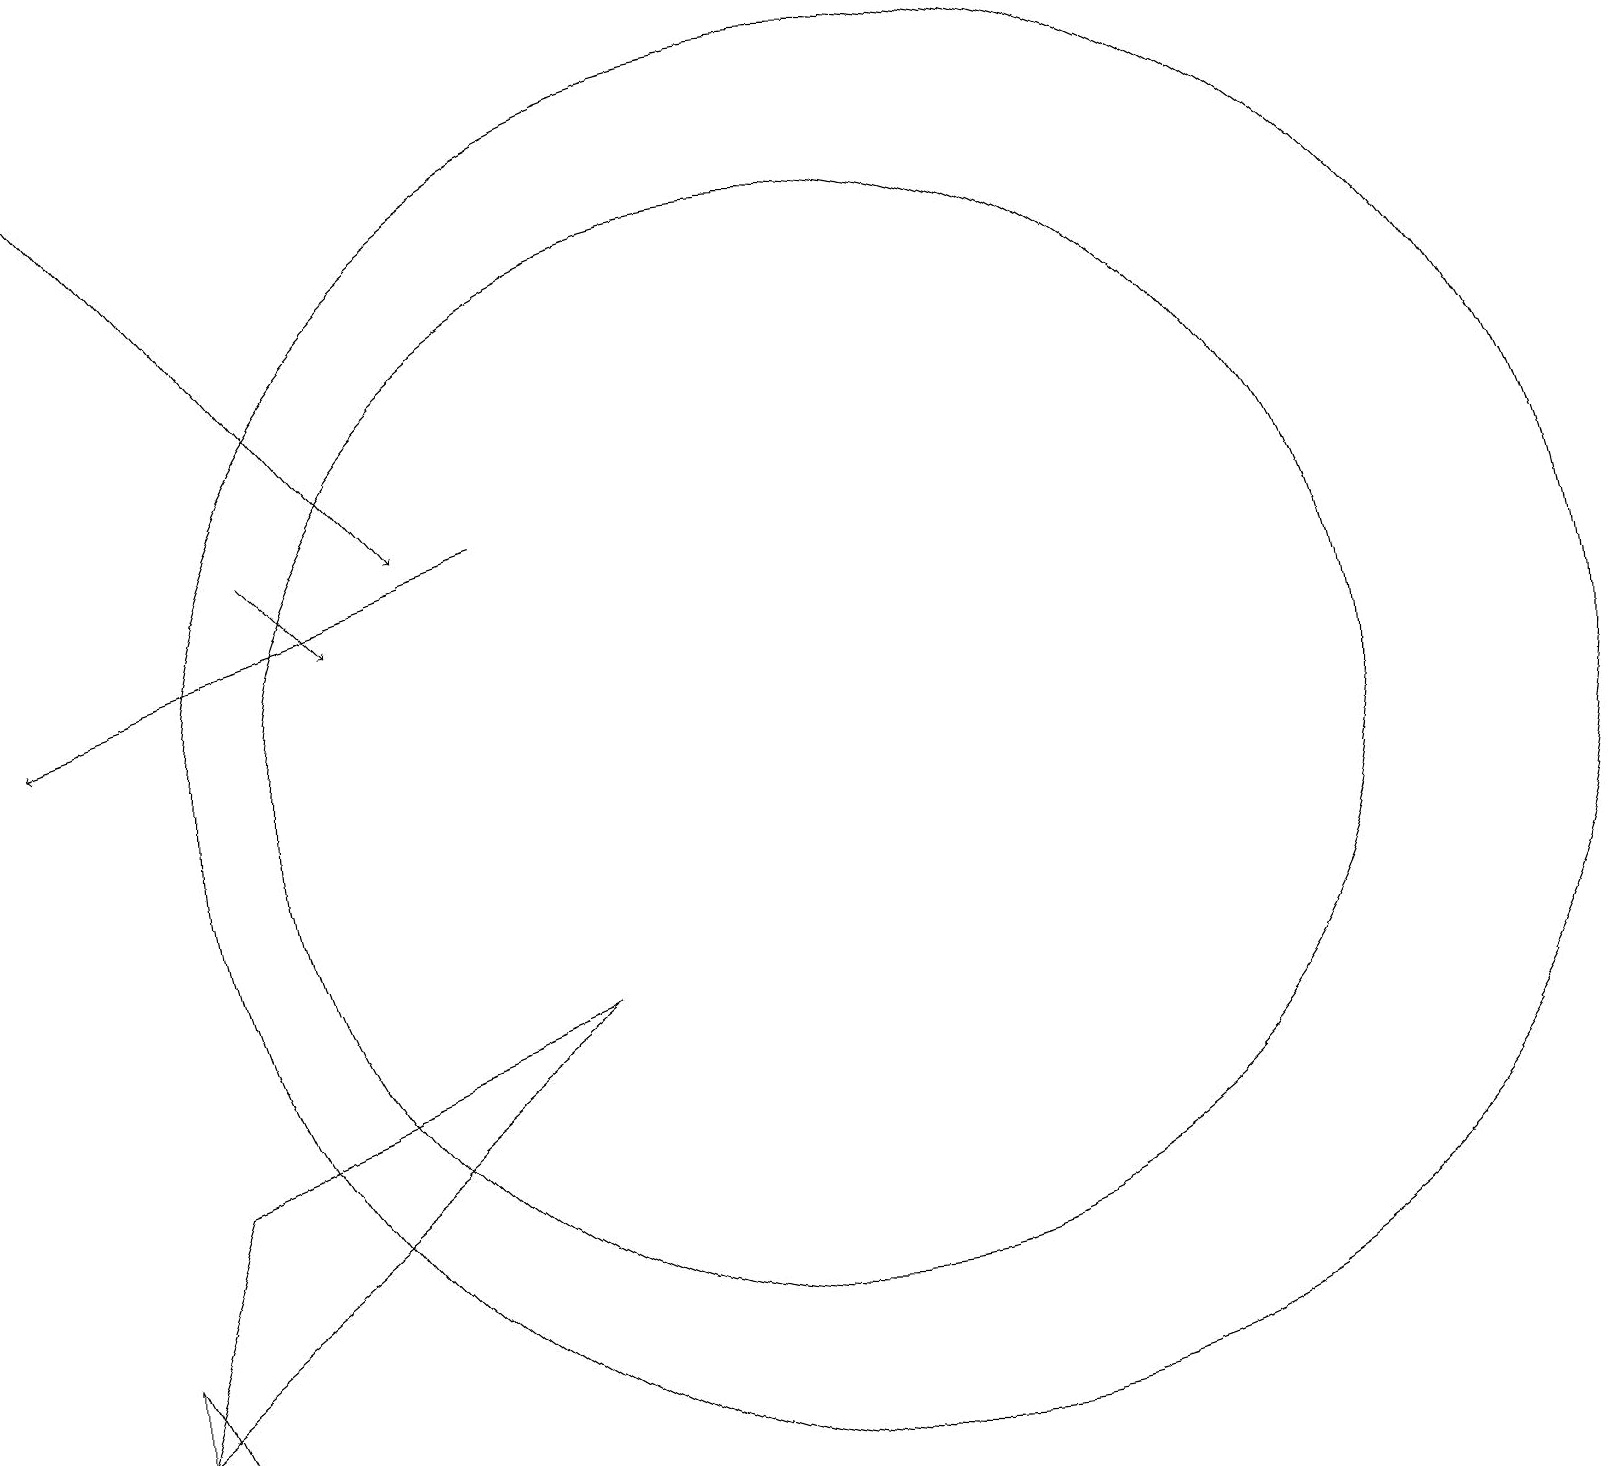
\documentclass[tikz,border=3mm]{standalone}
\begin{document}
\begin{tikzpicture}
\draw (2,1) -- (1,2) -- (1,3) -- cycle;
\draw (11,10) circle (9);
\draw (10,10) circle (7);
\draw (11,11) circle (0);
\draw[->] (3,13) -- (4,12);
\draw[->] (6,13) -- (0,11);
\draw[->] (0,19) -- (5,13);
\draw (7,7) -- (2,5) -- (1,2) -- cycle;
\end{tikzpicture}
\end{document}